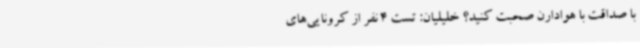
با صداقت با هوادارن صحبت کنید؟ خلیلیان: تست 4 نفر از کرونایی‌های